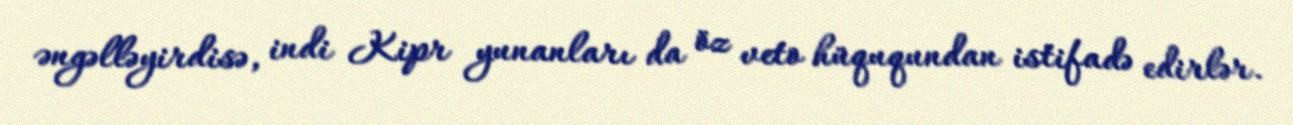
əngəlləyirdisə, indi Kipr yunanları da öz veto hüququndan istifadə edirlər.